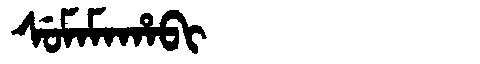
Manchu: ᠰᡠᠮᠠᠮᠠᡥᠠᠪᡳ
Romanization: SUMAMAHABI